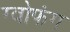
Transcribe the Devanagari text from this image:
ग्वोफंग